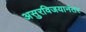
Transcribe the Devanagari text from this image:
असुरविजयानंतर